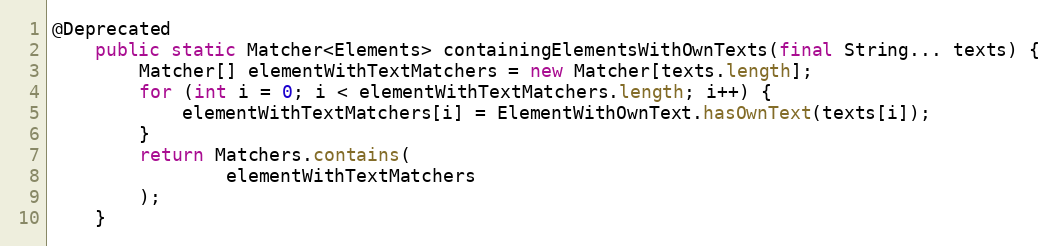
Language: Java
@Deprecated
    public static Matcher<Elements> containingElementsWithOwnTexts(final String... texts) {
        Matcher[] elementWithTextMatchers = new Matcher[texts.length];
        for (int i = 0; i < elementWithTextMatchers.length; i++) {
            elementWithTextMatchers[i] = ElementWithOwnText.hasOwnText(texts[i]);
        }
        return Matchers.contains(
                elementWithTextMatchers
        );
    }